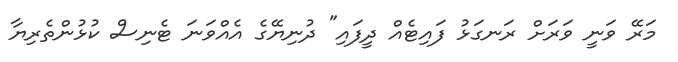
މަރޭ ވަނީ ވަރަށް ރަނގަޅު ފައިޓެއް ދީފައި" ދުނިޔޭގެ އެއްވަނަ ޓެނިސް ކުޅުންތެރިޔާ